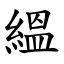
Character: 縕